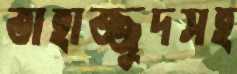
তাহাজ্জুদসহ